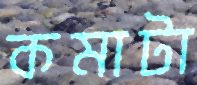
কমাটা